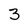
Character: 3